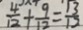
\frac { 4 } { 1 2 } + \frac { 9 } { 1 2 } = \frac { 1 3 } { 1 2 }